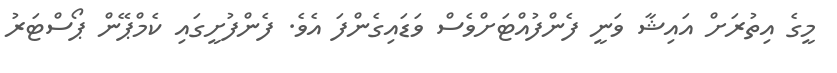
މީގެ އިތުރަށް އައިޝާ ވަނީ ފެންފުއްޓަށްވެސް ވަޑައިގެންފަ އެވެ. ފެންފުށީގައި ކެމްޕޭން ޕޯސްޓަރު